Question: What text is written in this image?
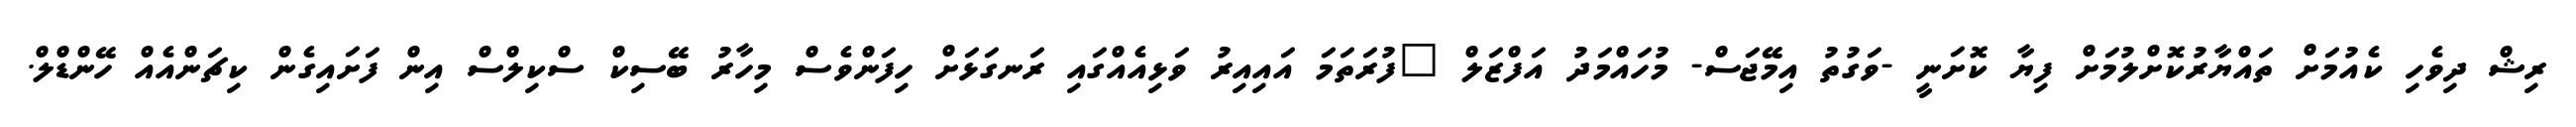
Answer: ރިޝް ދިވެހި ކެއުމަށް ތައްޔާރުކޮށްލުމަށް ފިޔާ ކޮށަނީ -ވަގުތު އިމޭޖަސް- މުހައްމަދު އަފްޒަލް "ފުރަތަމަ އައިއިރު ވަޅިއެއްގައި ރަނގަޅަށް ހިފަންވެސް މިހާރު ބޭސިކް ސްކިލްސް އިން ފަށައިގެން ކިޗަންއެއް ހޭންޑްލް.